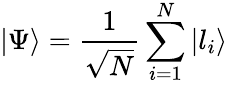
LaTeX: \left\lvert\Psi\right\rangle=\frac{1}{\sqrt{N}}\sum_{i=1}^{N}\left\lvert l_{i}\right\rangle